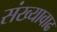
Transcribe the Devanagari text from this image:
संख्यावाढ